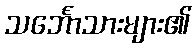
သင်္ဘောသားများ၏